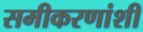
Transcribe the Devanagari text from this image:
समीकरणांशी